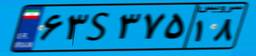
۳۵S۱۵۶۹۹